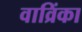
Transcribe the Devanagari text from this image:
वाव्रिंका